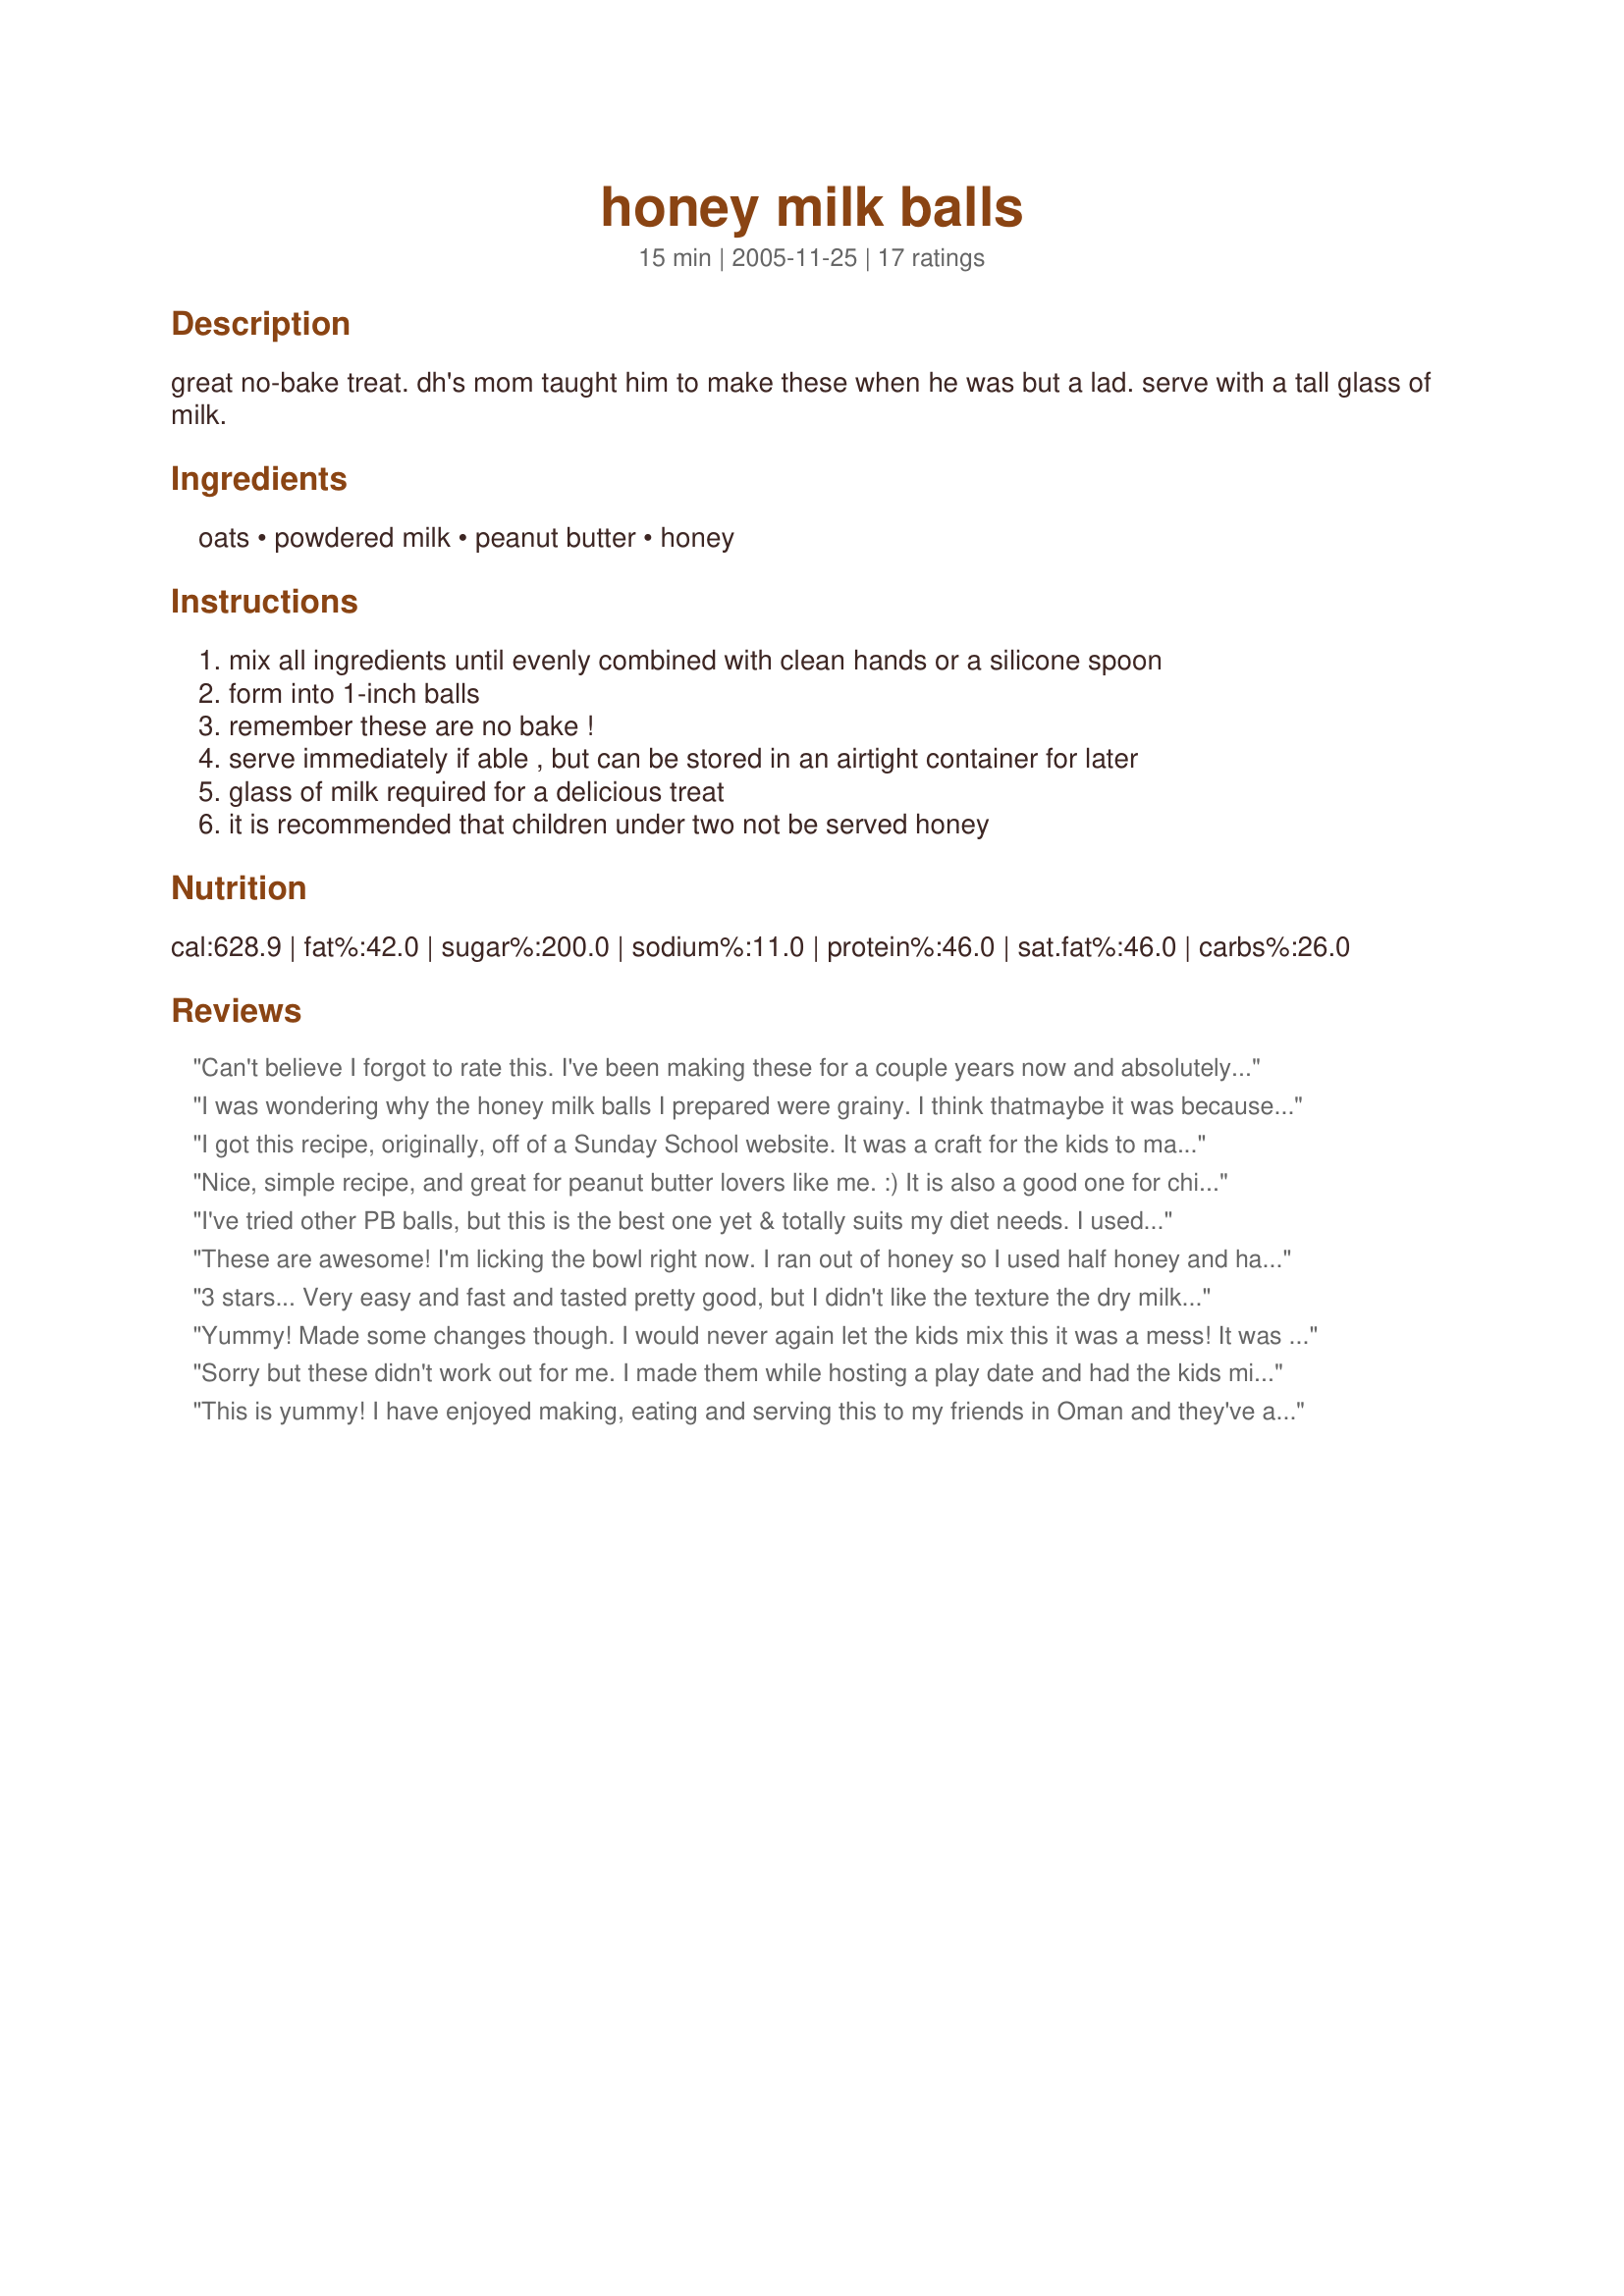
honey milk balls
Preparation time: 15 minutes

great no-bake treat. dh's mom taught him to make these when he was but a lad. serve with a tall glass of milk.

Ingredients:
oats, powdered milk, peanut butter, honey

Steps:
mix all ingredients until evenly combined with clean hands or a silicone spoon, form into 1-inch balls, remember these are no bake !, serve immediately if able , but can be stored in an airtight container for later, glass of milk required for a delicious treat, it is recommended that children under two not be served honey

Reviews:
Can't believe I forgot to rate this. I've been making these for a couple years now and absolutely love them! They're healthy, simple and fantastic for nights where you just can't stand the oven. They keep well thanks to the powdered milk. I featured these as part of my Christmas cookie gift tins last year and everyone seemed to love them as the only option that wasn't "sugar overload." They're also very versatile - you can add or sub just about anything. I've added cinnamon and sesame seeds to one batch, and just now I tried cocoa powder and crunchy peanut butter like some of the other reviewers. Trying very hard not to eat the entire counter's worth. Thanks so much for sharing!
I was wondering why the honey milk balls I prepared were grainy. I think that<br/>maybe it was because the milk powder I used was not powdery but more<br/>like the texture of cornmeal. Regardless, these are easy to make although ~Tasty~ didn't like them. Again, I think it was a texture thing and not the fault of the recipe. I slightly warmed the honey to make it easier to mix with the other ingredients. I used a small cookie scoop to portion out the dough, then rolled the honey-milk balls in oiled hands. Placed them in the refrigerator for 10-15 minutes. Very easily adaptable for substituting other seed or nut butters. I added a small amount of ground cinnamon and vanilla powder-about 1/4 teaspoon of each. Reviewed for Veg Tag/October.
I got this recipe, originally, off of a Sunday School website. It was a craft for the kids to make "Pharohs Bricks" with or without the straw (oats, in this case). It went over SO well, that I had to find a proper recipe and keep it. These are really fantastic tasting - though, we used almond butter. We had no "grainy" problems and our powdered milk WAS grainy. The balls changed after an hour and solidified better. Perhaps, if you left them, untouched,, for an hour, they would be PERFECT for consistency and flavors melding/grain breaking down. Nonetheless, we loved them! YUM!
Nice, simple recipe, and great for peanut butter lovers like me. :) It is also a good one for children to make. I followed the recipe (used old-fashioned oats) and ended up with 32 balls. This was one of my choices for the Pick A Chef game. Thanks for posting!
I've tried other PB balls, but this is the best one yet & totally suits my diet needs. I used natural PB, quick oats & nonfat dry milk. Tasted great! They really don't need to be chilled to taste good, but I put mine in the fridge anyway. Thanks; this is a keeper!
These are awesome! I'm licking the bowl right now. I ran out of honey so I used half honey and half molassas. Boy am I glad I did! Thank you for the recipe.
3 stars... Very easy and fast and tasted pretty good, but I didn't like the texture the dry milk gave them, and they were a little too much like eating just peanut butter for me. Adding a little cocoa helped some. I used crunchy peanut butter... liked that extra bite.
Yummy! Made some changes though. I would never again let the kids mix this it was a mess! It was so messy they didn't even want to continue! I would mix it first next time and then let them make the balls... I used my food processor to grind the oats so the kids wouldn't know it was there! I didn't have powdered milk so I used powdered cocoa. It tasted just like a chocolate power bar! I might try coconut next time too!
Sorry but these didn't work out for me. I made them while hosting a play date and had the kids mix them with their hands. If I were to make them again I would just have them stir them with a spoon. It was VERY messy and I think a lot of the ingredients were lost on their hands. Also I was surprised at how sweet these were since another reviewer had said they were not as sweet as other cookies. For me the sweetness was overpowering.
This is yummy! I have enjoyed making, eating and serving this to my friends in Oman and they've all borrowed the recipe. I like this cos of the quickness of putting this together.
Fist bump!
This was exactly what I was looking for! I did add mini chocolate chips to the recipe. I used local wildflower honey. My son loved it, I love it and hubby liked the sweetness. I think I will play with this alittle more and try some of the suggestions like the cinnamon and such. Thanks so much for posting this!
I make these for my kids and they love them! The only change is that I grind the oats into powder in my blender first.
For an added flavor, roll each ball into shredded coconut or finely chopped nuts. I also used a low carb peanut butter with excellent results!!
turned out rather too dry, also tastes more like peanut butter then anything else. added 3 Tbs of water and 3 Tbs of cocoa powder. still very sticky but fairly tasty. chilled to stabilize them
A good quick snack, and a great recipe for kids. Thanks for sharing!
I cant stop eating these they are so nice. My mixture was very crumbly so I moistened my hands with water when rolling them into balls and that seemed to work. I also rolled them in coconut, thanx for posting.
